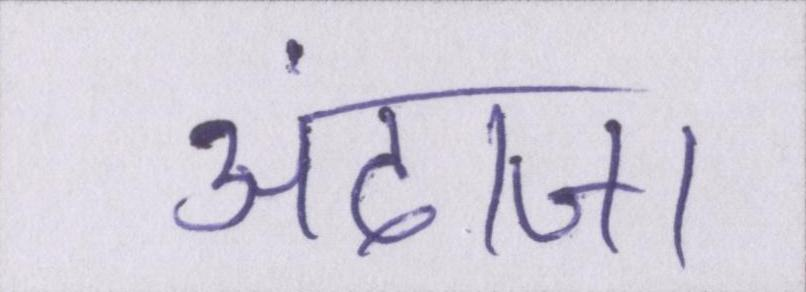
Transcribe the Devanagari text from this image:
अंदाजा